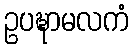
ဥပဍ္ဎာမလကံ